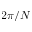
2 \pi / N